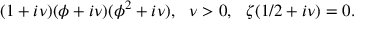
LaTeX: ( 1 + i \nu ) ( \phi + i \nu ) ( \phi ^ { 2 } + i \nu ) , ~ ~ \nu > 0 , ~ ~ \zeta ( 1 / 2 + i \nu ) = 0 .